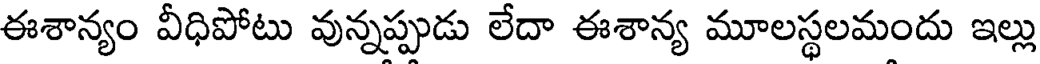
ఈశాన్యం వీధిపోటు వున్నప్పుడు లేదా ఈశాన్య మూలస్థలమందు ఇల్లు